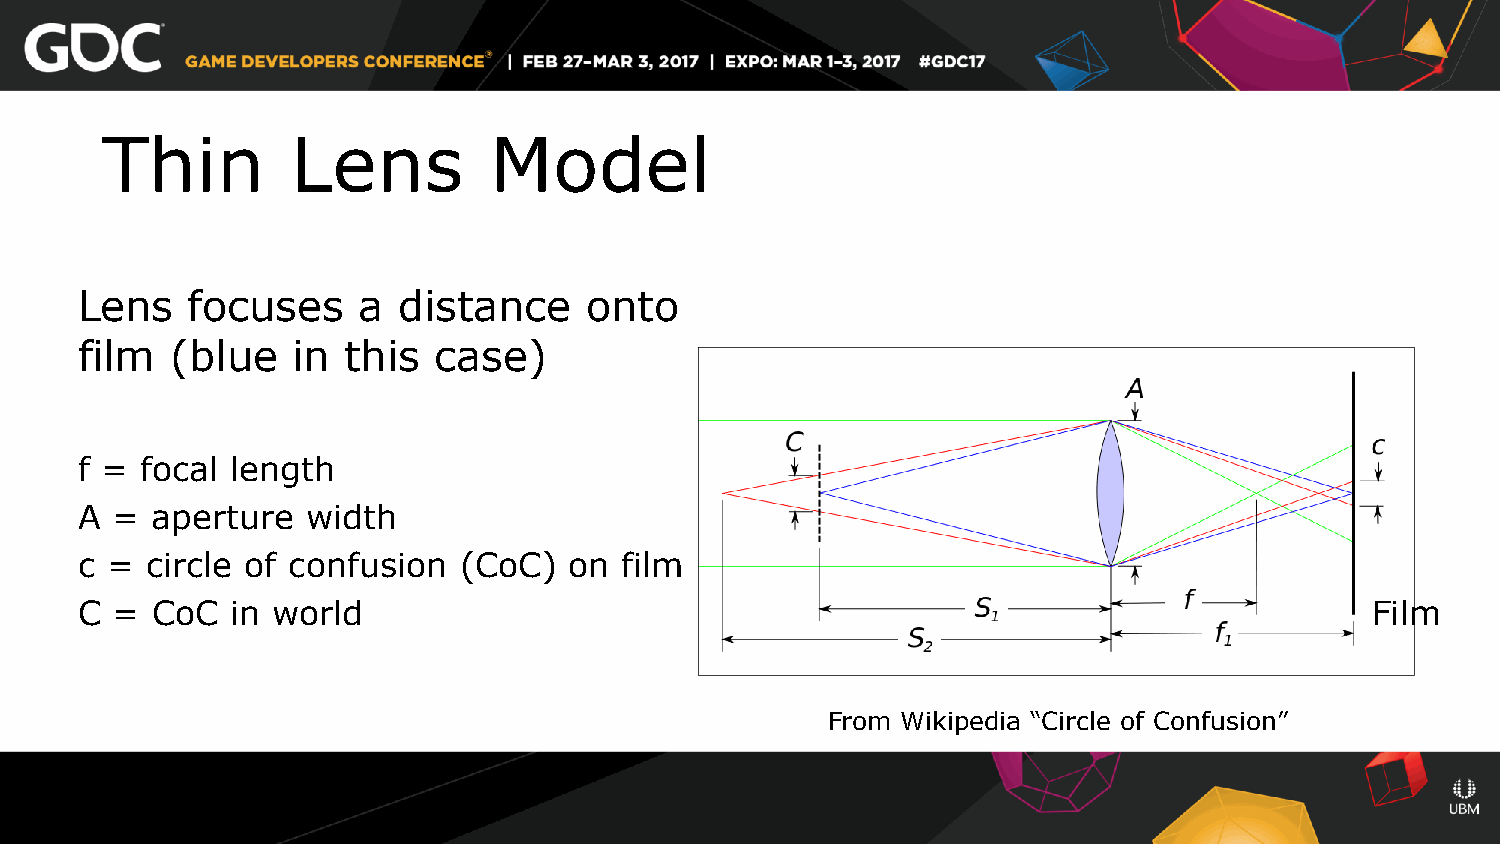
Thin        Lens         Model
 Lens   focuses     a distance     onto
 film  (blue   in  this  case)
 f = focal length
 A =  aperture  width
 c =  circle of confusion (CoC)   on film
 C =  CoC  in world                                                                    Film
 From Wikipedia “Circle of Confusion”